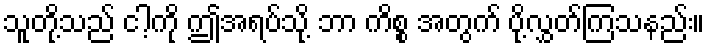
သူတို့သည် ငါ့ကို ဤအရပ်သို့ ဘာ ကိစ္စ အတွက် ပို့လွှတ်ကြသနည်း။